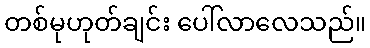
တစ်မုဟုတ်ချင်း ပေါ်လာလေသည်။